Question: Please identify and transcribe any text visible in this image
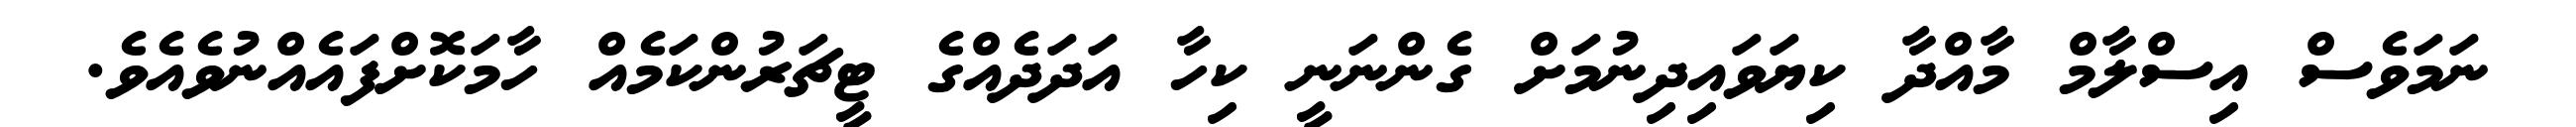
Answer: ނަމަވެސް އިސްލާމް މާއްދާ ކިޔަވައިދިނުމަށް ގެންނަނީ ކިހާ އަދަދެއްގެ ޓީޗަރުންކަމެއް ހާމަކޮށްފައެއްނުވެއެވެ.